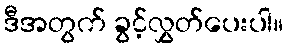
ဒီအတွက် ခွင့်လွှတ်ပေးပါ။